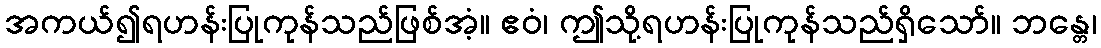
အကယ်၍ရဟန်းပြုကုန်သည်ဖြစ်အံ့။ ဧဝံ၊ ဤသို့ရဟန်းပြုကုန်သည်ရှိသော်။ ဘန္တေ၊